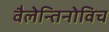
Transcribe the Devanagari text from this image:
वैलेन्तिनोविच